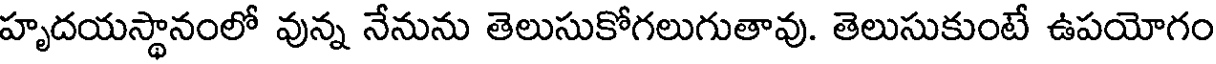
హృదయస్థానంలో వున్న నేనును తెలుసుకోగలుగుతావు. తెలుసుకుంటే ఉపయోగం